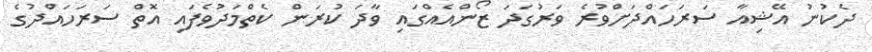
ދެކުނު އޭޝިއާ ސަރަހައްދަށްވުރެ ވަރުގަދަ ޒޯންއެއްގައި ވާދަ ކުރަން ކެތްމަދުވެފައި އޮތް ސަރަހައްދުގެ